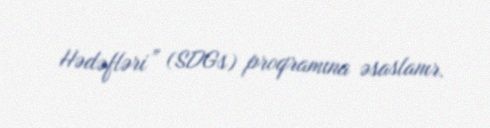
Hədəfləri” (SDGs) proqramına əsaslanır.